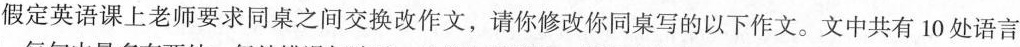
假定英语课上老师要求同桌之间交换改作文，请你修改你同桌写的以下作文。文中共有 10 处语言